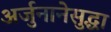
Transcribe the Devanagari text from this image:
अर्जुनानेसुद्धा